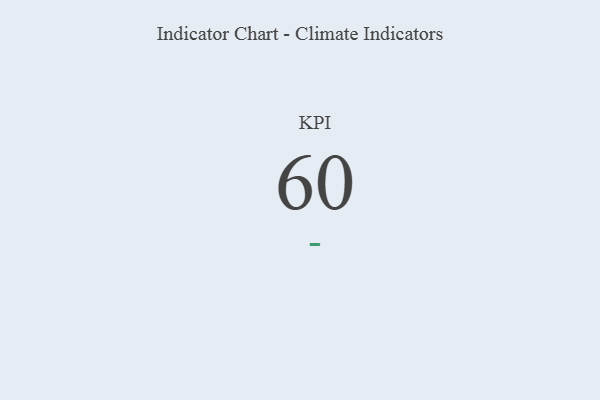
{"axis": {"x": "KPI", "y": "Value"}, "legend": [""], "data": [{"x": "KPI", "y": 60, "type": ""}]}